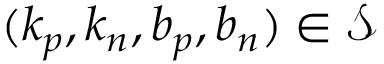
( k _ { p } , k _ { n } , b _ { p } , b _ { n } ) \in \mathcal { S }